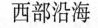
西部沿海